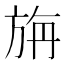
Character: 旃